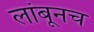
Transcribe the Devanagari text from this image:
लांबूनच